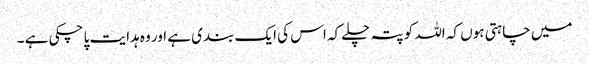
میں چاہتی ہوں کہ اللہ کو پتہ چلے کہ اس کی ایک بندی ہے اور وہ ہدایت پا چکی ہے ۔